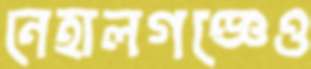
নেহালগঞ্জেও